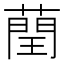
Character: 𦻺